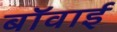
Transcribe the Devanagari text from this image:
बॉवाई